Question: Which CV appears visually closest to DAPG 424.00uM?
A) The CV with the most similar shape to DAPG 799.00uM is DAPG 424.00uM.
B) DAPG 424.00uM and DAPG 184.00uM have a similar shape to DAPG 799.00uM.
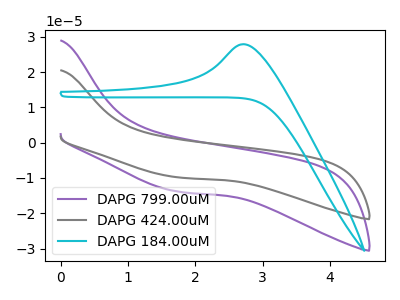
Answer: <think>The purple curve "DAPG 799.00uM" has no peaks. The gray curve "DAPG 424.00uM" has no peaks. The cyan curve "DAPG 184.00uM" has an anodic peak at: (2.70V, 27.90uA).
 Neither "DAPG 799.00uM" or "DAPG 424.00uM" have any peaks. "DAPG 799.00uM" and "DAPG 184.00uM" have a different number of peaks. "DAPG 424.00uM" and "DAPG 184.00uM" have a different number of peaks.</think>
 <answer>A) The CV with the most similar shape to "DAPG 799.00uM" is "DAPG 424.00uM".</answer>
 <eval>A</eval>